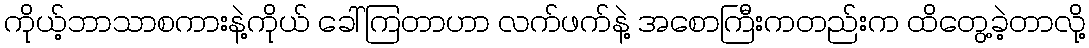
ကိုယ့်ဘာသာစကားနဲ့ကိုယ် ခေါ်ကြတာဟာ လက်ဖက်နဲ့ အစောကြီးကတည်းက ထိတွေ့ခဲ့တာလို့